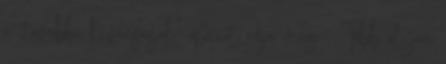
a „további kívánságok” opciót adja meg . Több olyan